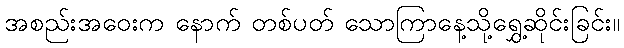
အစည်းအဝေးက နောက် တစ်ပတ် သောကြာနေ့သို့ရွှေ့ဆိုင်းခြင်း။